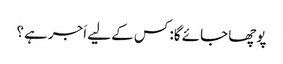
پوچھا جائے گا: کس کے لیے اَجر ہے؟